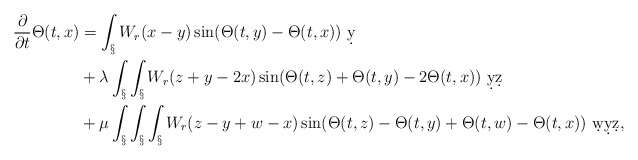
\begin{align*}\frac{\partial}{\partial t}\Theta(t,x) &= \int_\S W_r(x-y) \sin(\Theta(t,y)-\Theta(t,x))\ \d y\\&+ \lambda \int_\S\int_\S W_r(z+y-2x) \sin(\Theta(t,z)+\Theta(t,y) - 2\Theta(t,x))\ \d y\d z\\&+ \mu\int_\S\int_\S\int_\S W_r(z-y+w-x) \sin(\Theta(t,z)-\Theta(t,y)+\Theta(t,w)-\Theta(t,x))\ \d w \d y \d z,\end{align*}